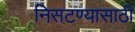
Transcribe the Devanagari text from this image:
निसटण्यासाठी